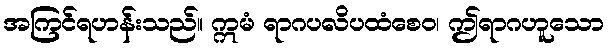
အကြင်ရဟန်းသည်။ ဣမံ ရာဂပလိပထံစေဝ၊ ဤရာဂဟူသော